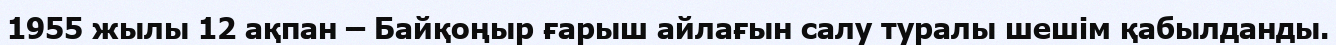
1955 жылы 12 ақпан – Байқоңыр ғарыш айлағын салу туралы шешім қабылданды.